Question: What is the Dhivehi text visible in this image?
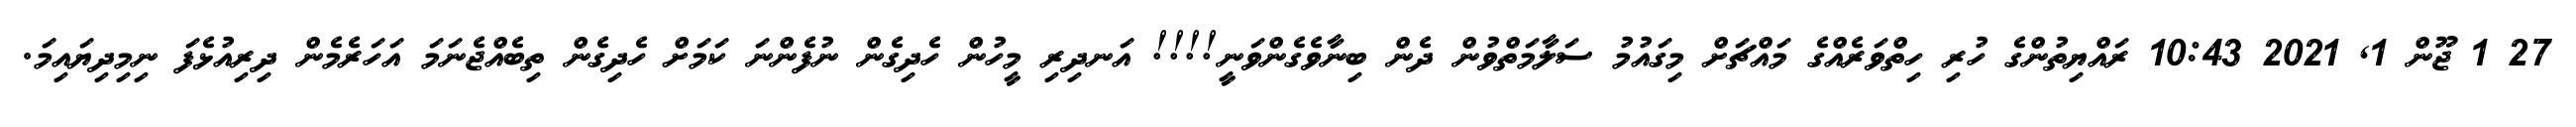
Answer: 27 1 ޖޫން 1, 2021 10:43 ރައްޔިތުންގެ ހުރި ހިތްވަރެއްގެ މައްޗަށް މިގައުމު ސަލާމަތްވުން ދެން ބިނާވެގެންވަނީ!!!! އަނދިރި މީހުން ހެދިގެން ނުފެންނަ ކަމަށް ހެދިގެން ތިބެއްޖެނަމަ އަހަރެމެން ދިރިއުޅެފަ ނިމިދިޔައިމަ.